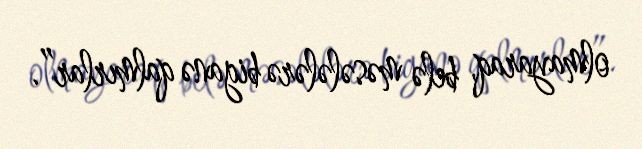
olmayaraq, belə məsələlərə biganə qalmırlar”.